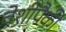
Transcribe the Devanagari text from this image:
वेशींपैकी